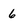
Character: 6